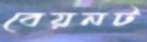
বেয়নট